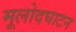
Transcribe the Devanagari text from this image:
मूलोदघाटन